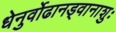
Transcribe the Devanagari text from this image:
धेनुर्वोढानड्वानाशुः